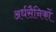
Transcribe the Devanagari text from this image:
अर्धसैनिकों